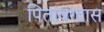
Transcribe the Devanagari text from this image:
पितांबरदास